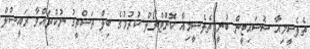
ތެލެސީމިއާ ސޮސައިޓީން ބުނީ ތެލެސީމިއާ ކޮންޓްރޯލް ކުރުމުގެ ބިލް ތަސްތީގު ނުކުރައްވާ ރައީސުލް